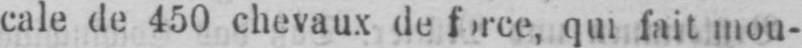
cale de 450 chevaux de force, qui fait mon-